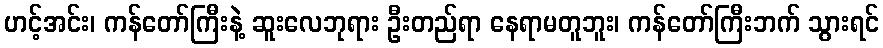
ဟင့်အင်း၊ ကန်တော်ကြီးနဲ့ ဆူးလေဘုရား ဦးတည်ရာ နေရာမတူဘူး၊ ကန်တော်ကြီးဘက် သွားရင်